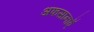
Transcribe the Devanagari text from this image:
अफसानाएँ